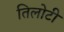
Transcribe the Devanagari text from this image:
तिलोटी